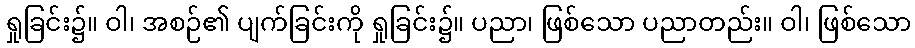
ရှုခြင်း၌။ ဝါ၊ အစဉ်၏ ပျက်ခြင်းကို ရှုခြင်း၌။ ပညာ၊ ဖြစ်သော ပညာတည်း။ ဝါ၊ ဖြစ်သော